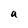
Character: a